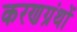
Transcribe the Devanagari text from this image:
करणग्रंथों